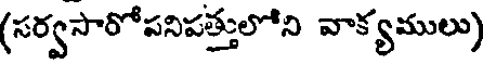
(సర్వసారోపనిపత్తులోని వాక్యములు)